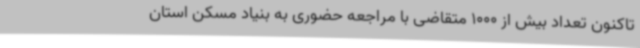
تاکنون تعداد بیش از 1000 متقاضی با مراجعه حضوری به بنیاد مسکن استان